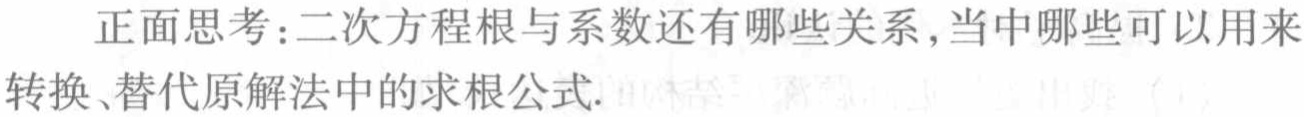
正面思考：二次方程根与系数还有哪些关系,当中哪些可以用来
转换、替代原解法中的求根公式.